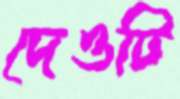
দেওটি